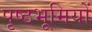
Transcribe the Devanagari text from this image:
पृष्‍ठभूमियों